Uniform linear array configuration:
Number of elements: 12
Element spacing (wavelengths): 0.25
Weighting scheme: cosine
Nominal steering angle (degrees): -45
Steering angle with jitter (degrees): -45.07
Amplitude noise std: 0.05
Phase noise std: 0.05

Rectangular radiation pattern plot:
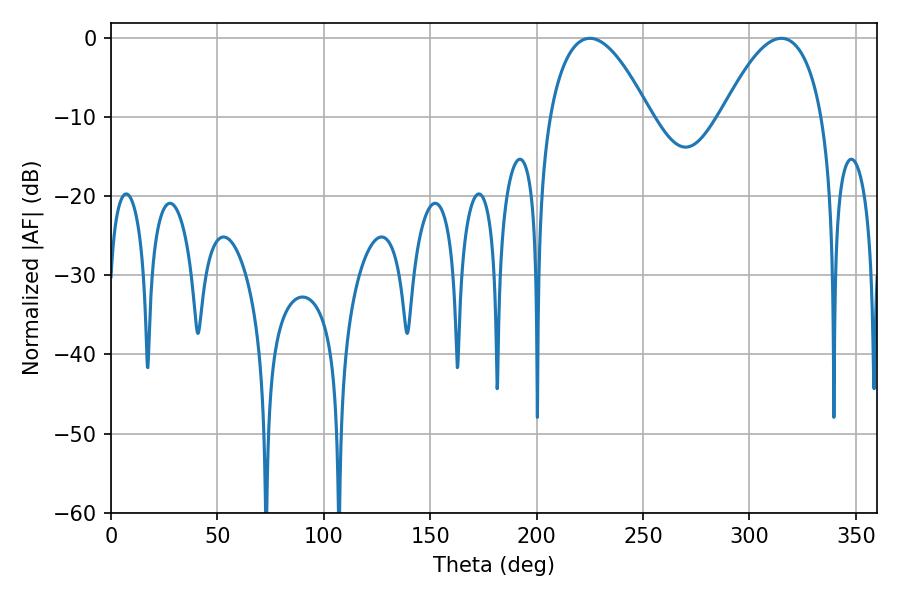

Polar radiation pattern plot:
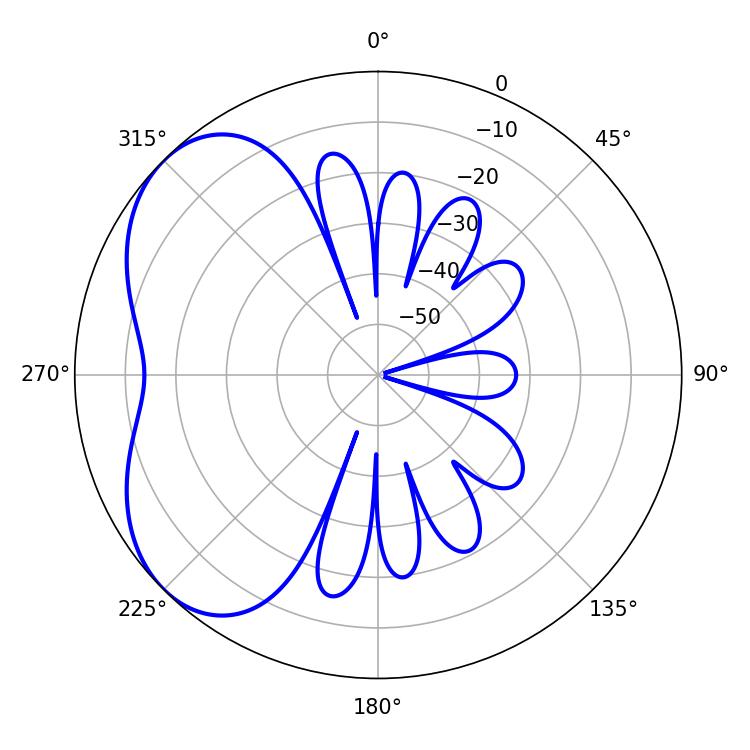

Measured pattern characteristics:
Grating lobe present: FALSE
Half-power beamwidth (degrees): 26.1
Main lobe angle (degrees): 225